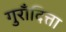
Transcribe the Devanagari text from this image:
गुराँदित्ता